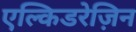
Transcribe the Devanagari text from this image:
एल्किडरेज़िन